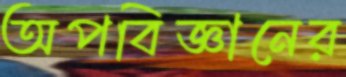
অপবিজ্ঞানের